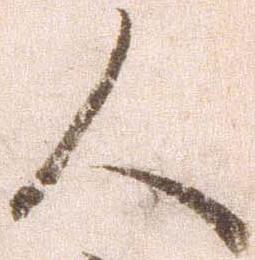
人